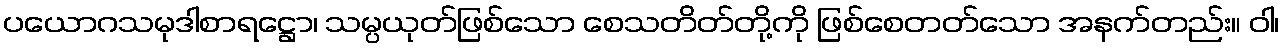
ပယောဂသမုဒါစာရဋ္ဌော၊ သမ္ပယုတ်ဖြစ်သော စေသတိတ်တို့ကို ဖြစ်စေတတ်သော အနက်တည်း။ ဝါ၊